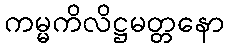
ကမ္မကိလိဋ္ဌမတ္တနော